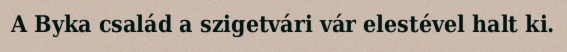
A Byka család a szigetvári vár elestével halt ki.